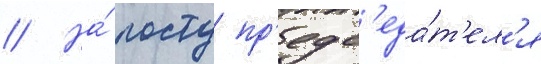
// На́ посту пр'едс'еда́т'ел'я